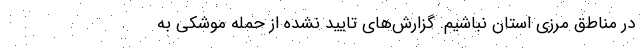
در مناطق مرزی استان نباشیم. گزارش‌های تایید نشده از حمله موشکی به